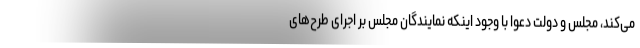
می‌کند، مجلس و دولت دعوا با وجود اینکه نمایندگان مجلس بر اجرای طرح‌های